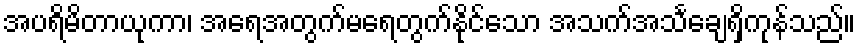
အပရိမိတာယုကာ၊ အရေအတွက်မရေတွက်နိုင်သော အသက်အသင်္ချေရှိကုန်သည်။